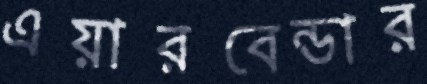
এয়ারবেন্ডার